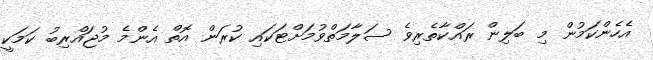
އެހެންކަމުން މި ބަލިން ރައްކާތެރިވެ ސަލާމަތްވުމަށްޓަކައި ކުރަން އޮތް އެންމެ މުޖައްރިބު ކަމަކީ